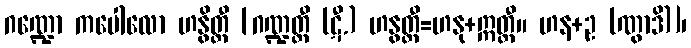
ဂဏ္ဍော ကပေါလော ဟနွိတ္ထီ [ဂဏ္ဍတ္ထီ (ဋီ.) ဟနွတ္ထီ=ဟနု+ဣတ္ထီ။ ဟန+ဥ (ဏွာဒိ)]၊